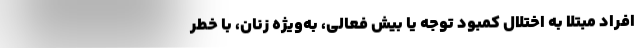
افراد مبتلا به اختلال کمبود توجه یا بیش فعالی، به‌ویژه زنان، با خطر